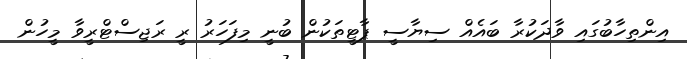
އިންތިހާބުގައި ވާދަކުރާ ބައެއް ސިޔާސީ ޕާޓީތަކުން ބުނީ މިފަހަރު ރީ ރަޖިސްޓްރީވާ މީހުން